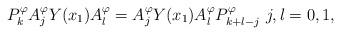
LaTeX: \begin{align*} P^\varphi_{k}A_{j}^{\varphi}Y(x_{1})A_{l}^{\varphi}=A_{j}^{\varphi}Y(x_{1})A_{l}^{\varphi}P^\varphi_{k+l-j}\,\, j,l=0,1,\end{align*}